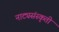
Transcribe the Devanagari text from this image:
नाट्यसंस्कृती